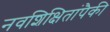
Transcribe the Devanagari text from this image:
नवशिक्षितांपैकी